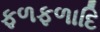
ફળફળાદિ